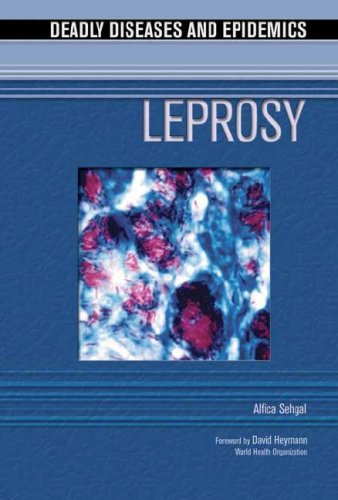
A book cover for Leprosy (Deadly Diseases and Epidemics); Alfica Sehgal; Teen & Young Adult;